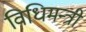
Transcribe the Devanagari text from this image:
विधिमन्त्री